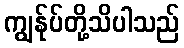
ကျွန်ုပ်တို့သိပါသည်